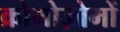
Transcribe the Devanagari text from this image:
क्रोमोज़ोमों